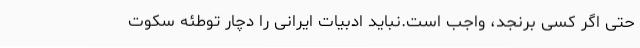
حتی اگر کسی برنجد، واجب است.نباید ادبیات ایرانی را دچار توطئه سکوت